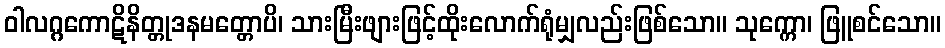
ဝါလဂ္ဂကောဋိနိတ္တုဒနမတ္တောပိ၊ သားမြီးဖျားဖြင့်ထိုးလောက်ရုံမျှလည်းဖြစ်သော။ သုက္ကော၊ ဖြူစင်သော။